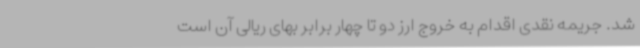
شد. جریمه نقدی اقدام به خروج ارز دو تا چهار برابر بهای ریالی آن است